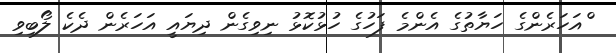
ްއަހަރެންގެ ހަޔާތުގެ އެންމެ ފަހުގެ ހުޅުކޮޅު ނިވިގެން ދިޔައީ އަހަރެން ދެކެ ލޯބިވި